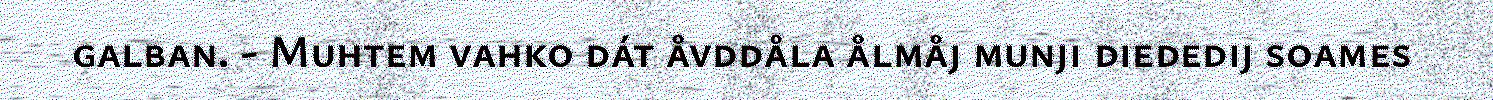
galban. - Muhtem vahko dát åvddåla ålmåj munji diededij soames